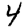
Digit: 4